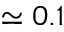
\simeq 0 . 1